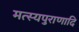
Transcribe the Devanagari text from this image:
मत्स्यपुराणादि